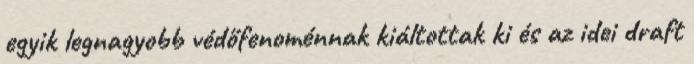
egyik legnagyobb védőfenoménnak kiáltottak ki és az idei draft